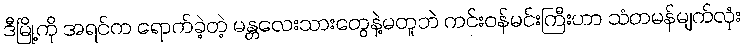
ဒီမြို့ကို အရင်က ရောက်ခဲ့တဲ့ မန္တလေးသားတွေနဲ့မတူဘဲ ကင်းဝန်မင်းကြီးဟာ သံတမန်မျက်လုံး